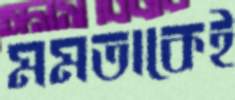
মমতাকেই